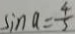
\sin a = \frac { 4 } { 5 }